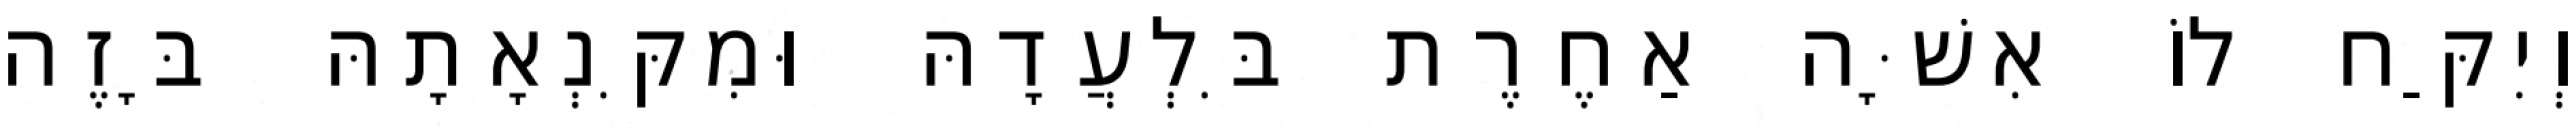
וְיִקַּח לוֹ אִשָּׁה אַחֶרֶת בִּלְעֲדָהּ וּמִקִּנְאָתָהּ בָּזֶה